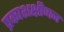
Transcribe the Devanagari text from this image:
प्रकाशक्षीणन